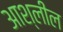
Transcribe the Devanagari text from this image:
आश्लील